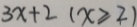
3 x + 2 ( x \geqslant 2 )